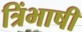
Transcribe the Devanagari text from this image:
त्रिंभाषी